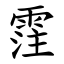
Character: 霔